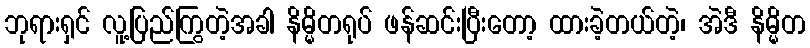
ဘုရားရှင် လူ့ပြည်ကြွတဲ့အခါ နိမ္မိတရုပ် ဖန်ဆင်းပြီးတော့ ထားခဲ့တယ်တဲ့၊ အဲဒီ နိမ္မိတ